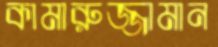
কামারুজ্জামান